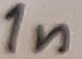
Text: 1n